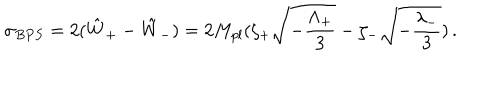
\sigma _ { B P S } = 2 ( { \hat { W } } _ { + } - { \hat { W } } _ { - } ) = 2 M _ { p l } ( \zeta _ { + } \sqrt { - { \frac { \Lambda _ { + } } { 3 } } } - \zeta _ { - } \sqrt { - { \frac { \lambda _ { - } } { 3 } } } ) \, .